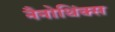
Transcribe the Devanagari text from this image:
नैनोथिंक्स